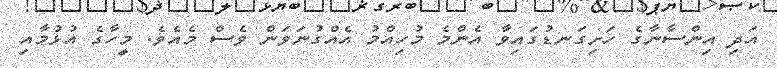
އަދި އިންސާނާގެ ހަށިގަނޑުގައިވާ އެންމެ މުހިއްމު އެއްގުނަވަން ވެސް މެއެވެ. މީހާގެ އުޅުމާއި